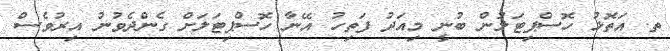
ތ. އަތޮޅު ހޮސްޕިޓަލުން ބުނީ މިއަދު ފަތިހު އޭނާ ހޮސްޕިޓަލަށް ގެންދެވުނު އިރުވެސް